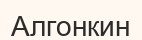
Алгонкин